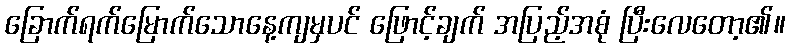
ခြောက်ရက်မြောက်သောနေ့ကျမှပင် ဖြောင့်ချက် အပြည့်အစုံ ပြီးလေတော့၏။